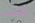
كنت